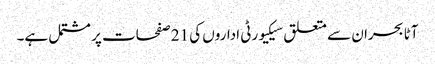
آٹا بحران سے متعلق سیکیورٹی اداروں کی 21 صفحات پر مشتمل ہے۔